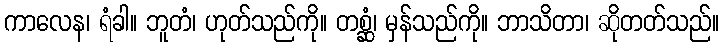
ကာလေန၊ ရံခါ။ ဘူတံ၊ ဟုတ်သည်ကို။ တစ္ဆံ၊ မှန်သည်ကို။ ဘာသိတာ၊ ဆိုတတ်သည်။